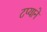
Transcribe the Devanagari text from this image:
टप्याने